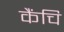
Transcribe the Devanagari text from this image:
कैंचि